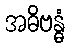
အဓိဗန္ဓံ